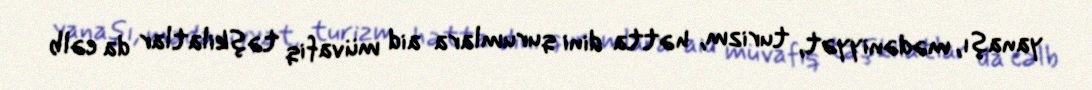
yanaşı, mədəniyyət, turizm, hətta dini qurumlara aid müvafiq təşkilatlar da cəlb